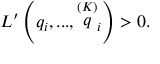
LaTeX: L ^ { \prime } \left( q _ { i } , . . . , \stackrel { \left( K \right) } { q } _ { i } \right) > 0 .